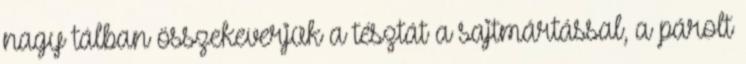
nagy tálban összekeverjük a tésztát a sajtmártással, a párolt